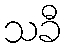
သခီ